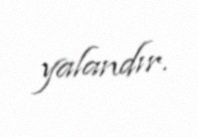
yalandır.